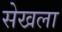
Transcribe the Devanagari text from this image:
सेखला